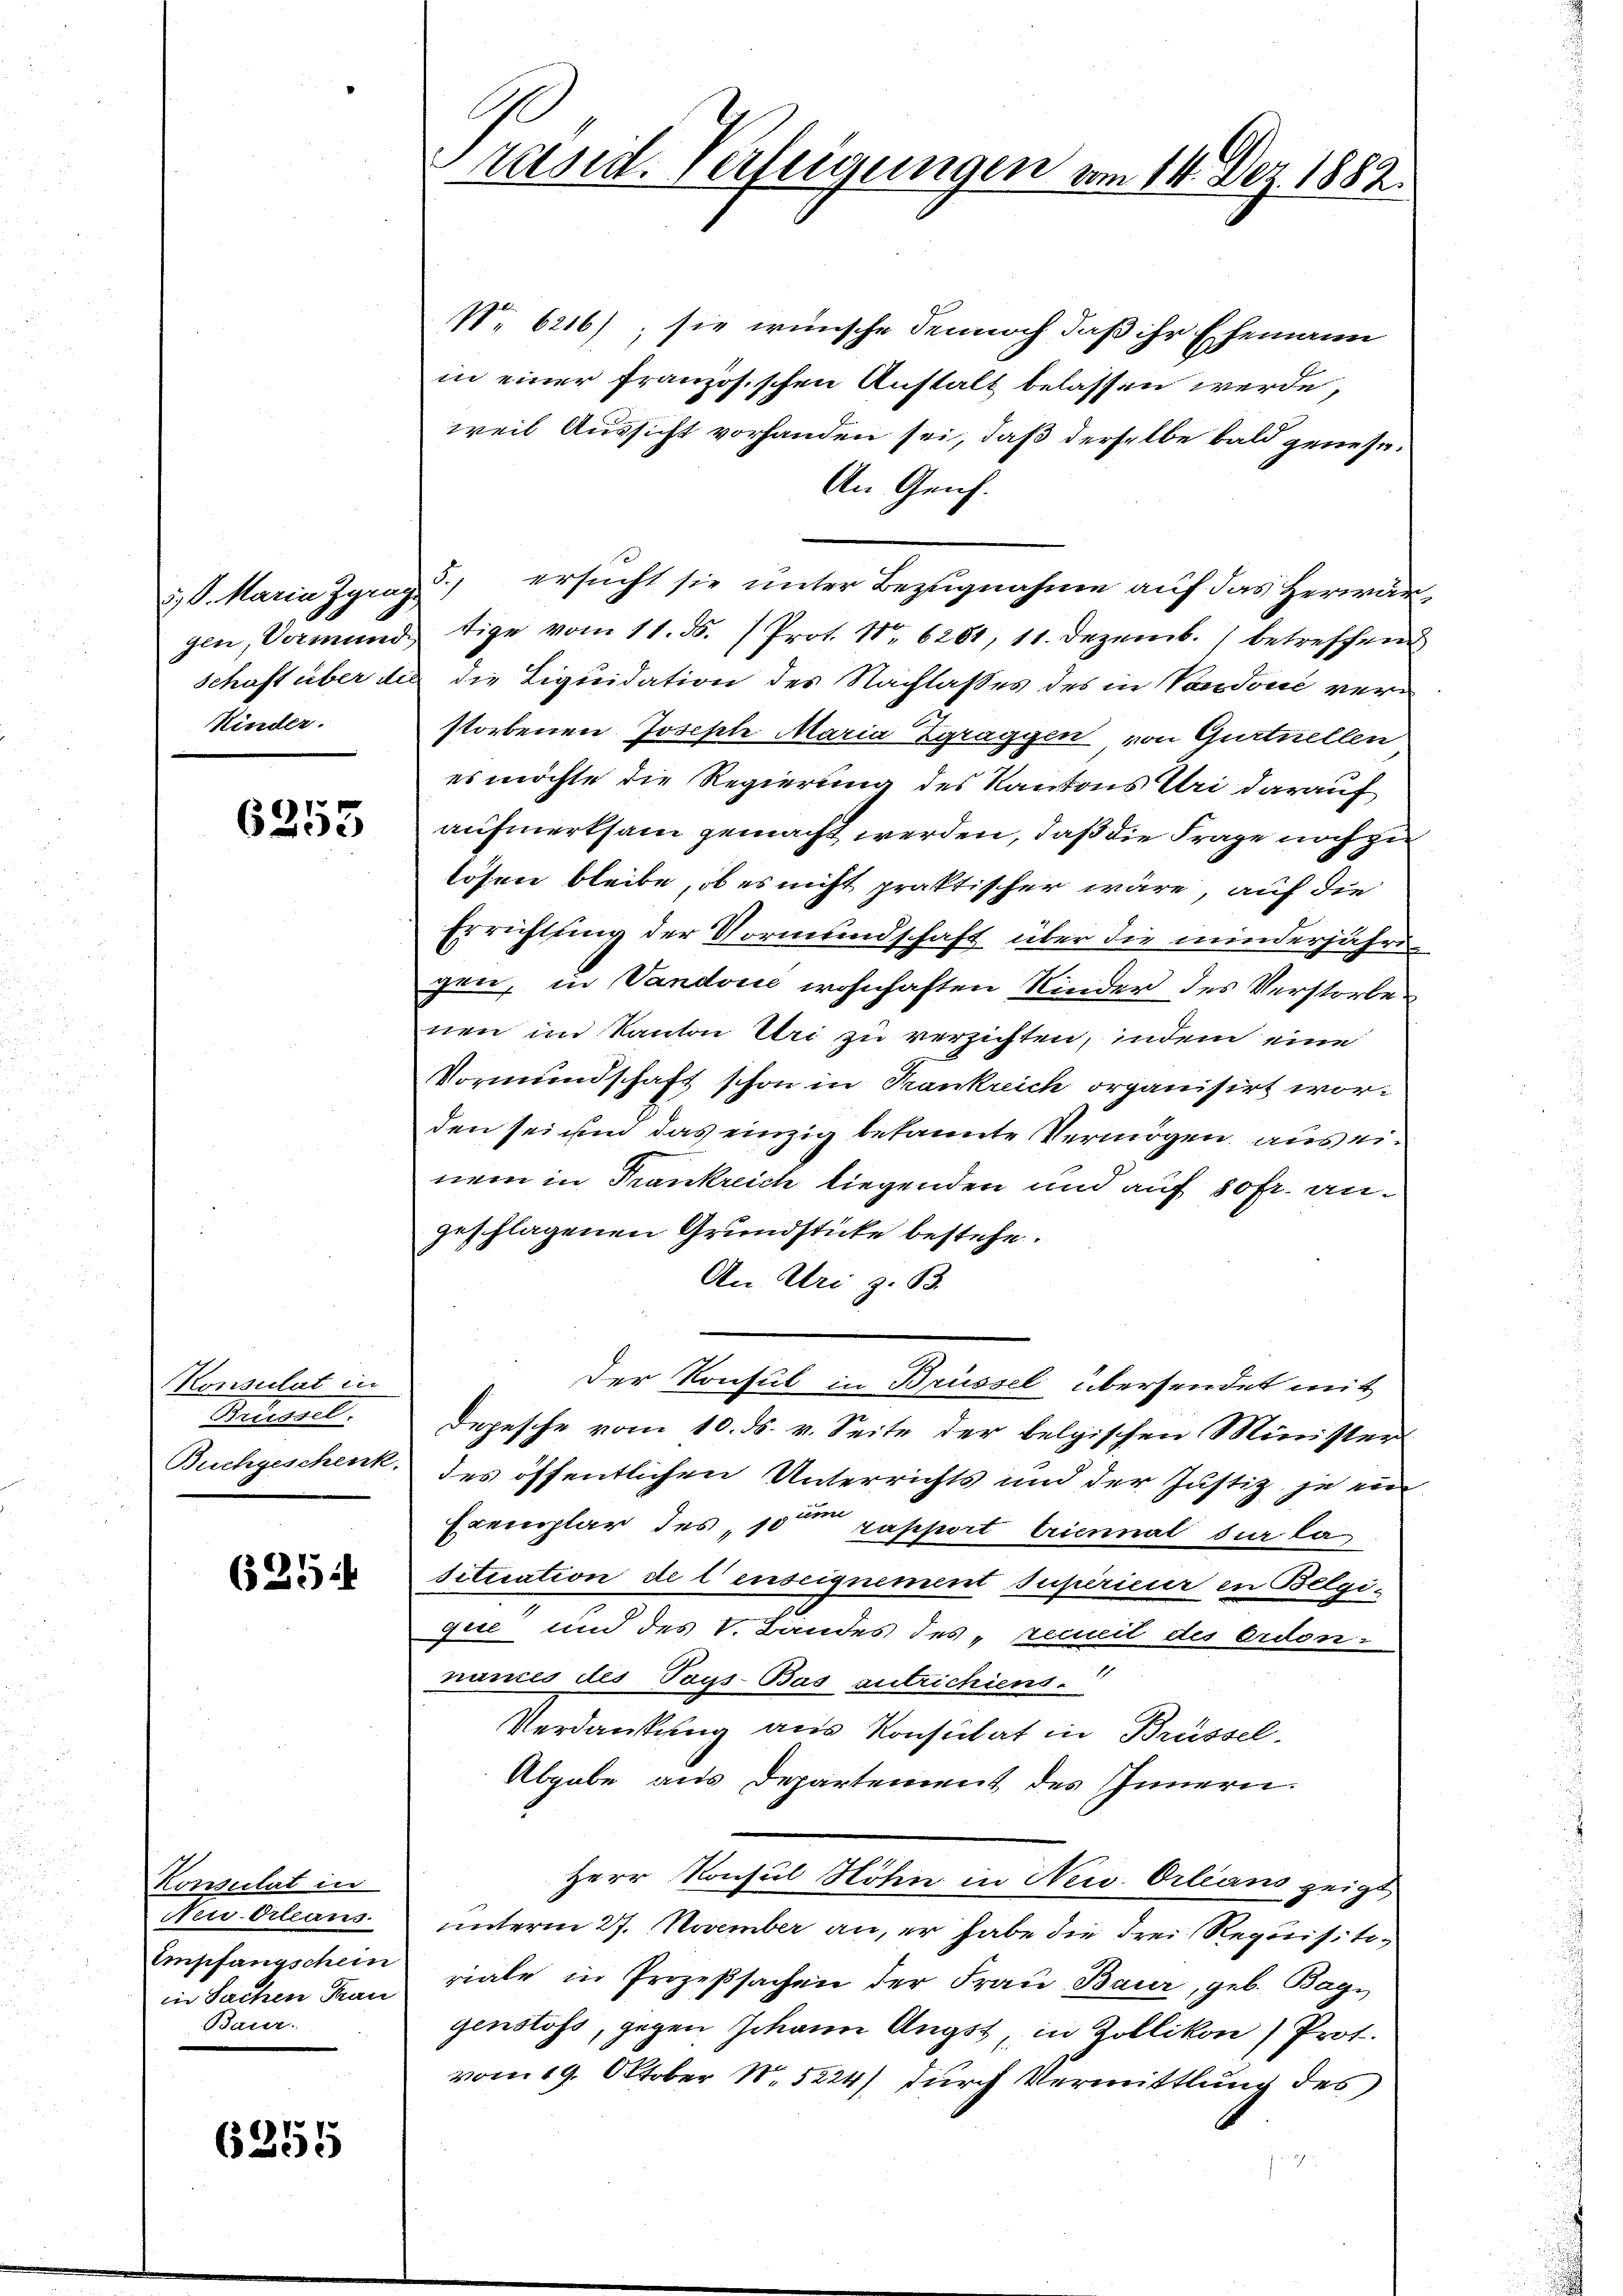
Kinder.

6353

Konsulat in
Brdessel.
Buchgeschenk,

625

Konsulat in
Neu Orleans
Empfangschein
in Sachen Trau
Baur.

6355

Präsid. Verfeigungen vom 14. Dez. 1882.

No 6216), sie wünsche dennoch, daß ihr Ehemann
in einer französischen Anstalt belassen werde,
weil Aussicht vorhanden sei, daß derselbe bald genese¬
An Genf.
3) S. Maria Zgrag) ersucht sie unter Bezugnahme auf das Herwärgen, Vormund tige vom 11. ds. (Prot. Nr. 6281, 11. Dezemb. 1 betreffend
Schaft über des die Liquidation des Nachlasses des in Vaudoni verstorbenen Joseple Maria Zgraggen von Gurtuellen
es möchte die Regierung des Kantons Uri darauf
aufmerksam gemacht werden, daß die Frage noch zu
lösen bleibe, ob es nicht praktischer wäre, auf die
Errichtung der Vormundschaft über die minderjähre
gen, in Vandović wohnhaften Kinder des Verstorbe
nen im Kanton Uri zu verzichten, indem eine
Vormundschaft schon in Frankreich organisirt worden sei ihm das einzig bekannte Vermögen, aus einem in Frankreich liegenden und auf 80 fr. angeschlagenen Grundstücke bestehe.
An Uri z. B.
Der Konsul in Brüssel übersendet mit
Depesche vom 10. ds. v. Seite der belgischen Minister
des öffentlichen Unterrichts und der Justiz, je ein
Exemplar des 10ten rapport triennal die la
situation de l’enseignement supérieur in Belgique und des V. Bandes des „recueil des Ordon-
nances des Tags-Bas zutrichiens
Verdankung aus Konsulat in Brüssel,
Abgabe aus Departement des Innern.
Herr Konsul Höhen in Neu Orleans zeigt
unterm 27. November an, er habe die drei Requisitiriale in Prozeßsachen der Frau Baur, geb. Bag
genstoss, gegen Johann Angst, in Zollikon) Prof.
vom 19. Oktober N. 5224) durch Vermittlung des